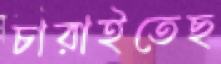
চারাইতেছ